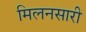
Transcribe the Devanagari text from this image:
मिलनसारी